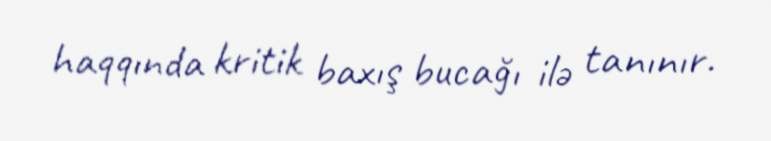
haqqında kritik baxış bucağı ilə tanınır.